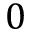
0